Vaccine operations Central Provinces 1868-1885 - 1868-1885
Year: 1868
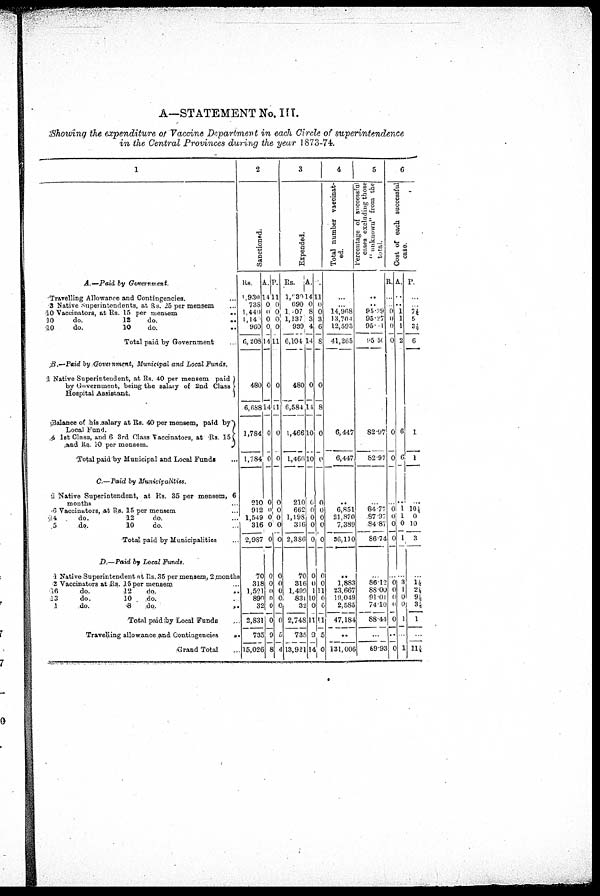
A—STATEMENT No. III.
Showing the expenditure of Vaccine Department in each Circle of superintendence
in the Central Provinces during the year 1873-74.
1
A.—Paid
by Government.
Travelling Allowance and Contingencies. …
3 Native Superintendents, at Rs. 25 per mensem …
40 Vaccinators, at Es. 15 per mensem
..
10
do.
12
do.
..
10
do.
10
do. ..
Total paid by Government
B.—Paid by Government,
Municipal and Local Funds.
4 Native Superintendent, at Rs. 40 per mensem paid
by Government, being the salary of 2nd Class
Hospital Assistant.
Balance of his salary at Rs. 40 per mensem, paid by
Local Fund.
1st Class, and 6 3rd Class Vaccinators, at Rs. 15
and Rs. 10 per mensem.
Total paid by Municipal and Local Funds …
C.—Paid by
Municipalities.
8 Native Superintendent, at Rs. 35 per mensem, 6
months ..
6 Vaccinators, at Rs. 15 per mensem …
44
do.
12
do. …
5
do.
10
do. …
Total paid by Municipalities …
D.—Paid by Local Funds.
4 Native Superintendent at Rs .35 per mensem, 2 months
2 Vaccinators at Rs. 15 per mensem …
46
do.
12
do.
..
43
do.
10
do. ..
1
do.
8
do.
..
Total paid by Local Funds ..
Travelling allowance and Contingencies
..
Grand Total ..
2
Sanctioned.
Rs.
1,930
738
1,440
1,14
960
6,208
A.
14
0
0
0
0
14
P.
11
0
0
0
0
11
480
6,688
1,784
1,784
210
912
1,549
316
2,987
70
318
1,521
890
32
2,831
735
15,026
0
14
0
0
0
0
0
0
0
0
0
0
0
0
0
9
8
0
11
0
0
0
0
0
0
0
0
0
0
0
0
0
5
4
3
Expended.
Rs.
1,939
690
1,007
1,137
939
6,104
A.
14
0
8
3
4
14
P.
11
0 0
3
6
8
480
6,584
1,466
1,466
210
662
1,198
316
2,386
70
70
1,499
831
32
2,748
735
13,921
0
44
10
10
0
0
0
0
0
0
0
1
10
0
11
9
14
0
8
0
0
0
0
0
0
0
0
0
11
0
0
11
5
0
4
Total number vaccinat-
ed.
…
…
14,968
13,704
12,593
41,265
6,447
6,447
..
6,851
21,870
7,389
36,110
..
1,883
23,667
19,049
2,585
47,184
..
131,006
5
Percentage of successful
cases excluding those
"unknown" from the
total.
..
..
85.29
95.27
95.11
95.50
82.97
82.97
…
84.77
87.97
84.87
86.74
..
86.12
88·00
91.0
74.10
88.44
..
89·93
6
Cost of each successful
case.
R.
..
..
0
0
0
0
0
0
..
0 0
0
0
… 0
0
0
0
0
.. 0
A.
..
..
1
1
1
2
6
6
..
1
1
0
1
…
3
1
0
0
1
..
1
P.
...
…
7¼
5
3¼
6
1
1
...
10½
0
10
3
… 1½
2½
9½
3½
1
..
11½